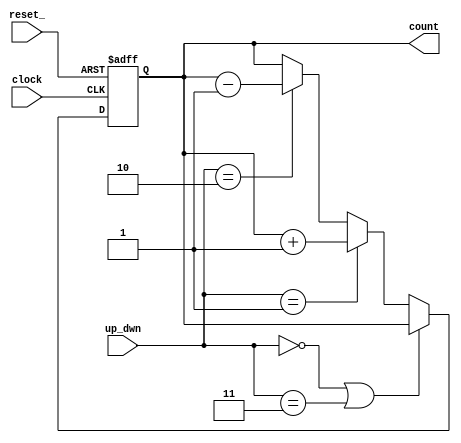
module Up_Down_Implicit1 (count, up_dwn, clock, reset_);
  output	[2: 0] 	count;
  input 	[1: 0] 	up_dwn;
  input 			clock, reset_;

  reg 	[2: 0] 	count;

  always @  (negedge clock or negedge reset_) 
    if (reset_ == 0) 			count <= 3'b0; else
      if (up_dwn == 2'b00 || up_dwn == 2'b11) count <= count; else
        if (up_dwn == 2'b01) 			count <= count + 1; else
          if (up_dwn == 2'b10) 		count <= count -1;

endmodule